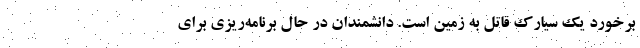
برخورد یک سیارک قاتل به زمین است. دانشمندان در حال برنامه‌ریزی برای